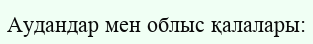
Аудандар мен облыс қалалары: